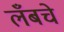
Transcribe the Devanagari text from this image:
लँबचे